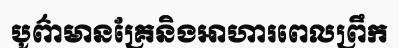
បូព៌ាមានគ្រែនិងអាហារពេលព្រឹក